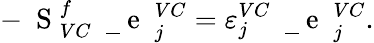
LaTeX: -\mathrm{~\mathbf~S~}_{VC}^{f}\mathrm{~\mathbf~\underline{~}{~e~}~}_{j}^{VC}=\varepsilon_{j}^{VC}\mathrm{~\mathbf~\underline{~}{~e~}~}_{j}^{VC}.